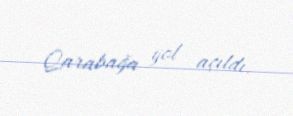
Qarabağa yol açıldı.